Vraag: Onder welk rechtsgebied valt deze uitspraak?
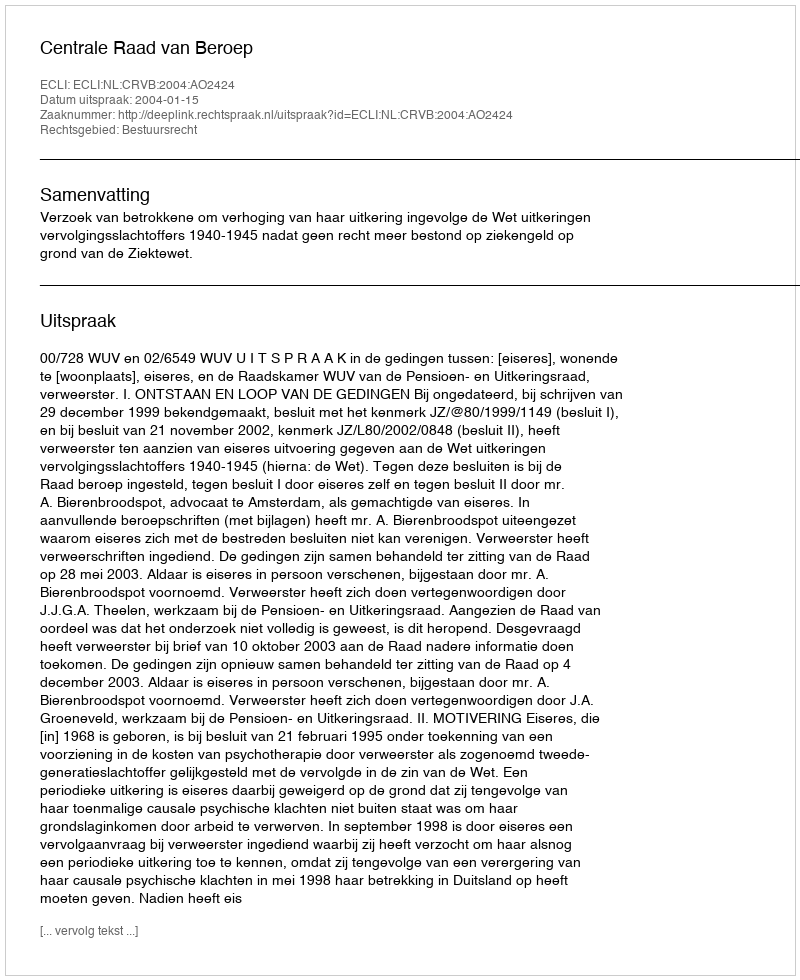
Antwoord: Bestuursrecht